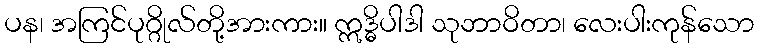
ပန၊ အကြင်ပုဂ္ဂိုလ်တို့အားကား။ ဣဒ္ဓိပါဒါ သုဘာဝိတာ၊ လေးပါးကုန်သော